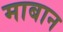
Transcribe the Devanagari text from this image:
माबान